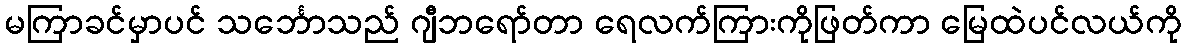
မကြာခင်မှာပင် သင်္ဘောသည် ဂျီဘရော်တာ ရေလက်ကြားကိုဖြတ်ကာ မြေထဲပင်လယ်ကို